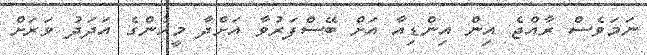
ނަމަވެސް ރާއްޖެ އިން އިންޑިއާ އަށް ބޭސްފަރުވާ އަށްދާ މީހުންގެ އަދަދު ވަރަށް